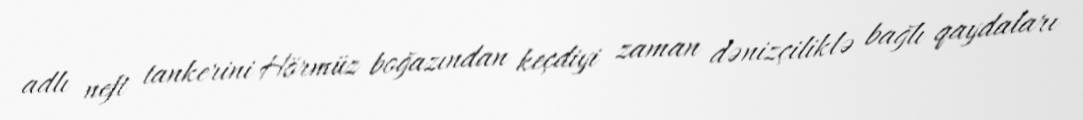
adlı neft tankerini Hörmüz boğazından keçdiyi zaman dənizçiliklə bağlı qaydaları